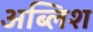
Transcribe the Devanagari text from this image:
अब्लिश